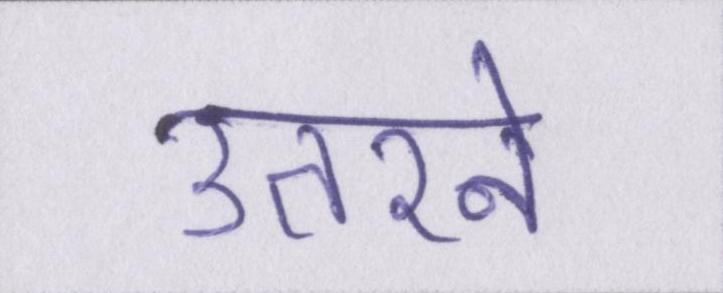
उतरने